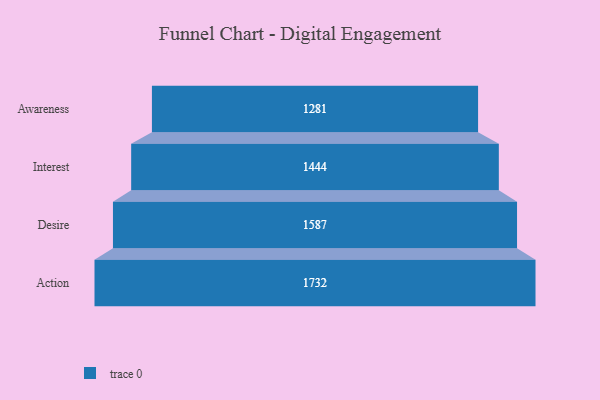
{"axis": {"x": "Stage", "y": "Value"}, "legend": [""], "data": [{"x": "Awareness", "y": 1281.0, "type": ""}, {"x": "Interest", "y": 1444.0, "type": ""}, {"x": "Desire", "y": 1587.0, "type": ""}, {"x": "Action", "y": 1732.0, "type": ""}]}